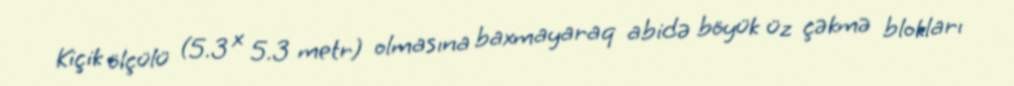
Kiçik ölçülü (5.3 x 5.3 metr) olmasına baxmayaraq abidə böyük üz çəkmə blokları